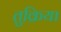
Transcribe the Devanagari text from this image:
तुक्रिया